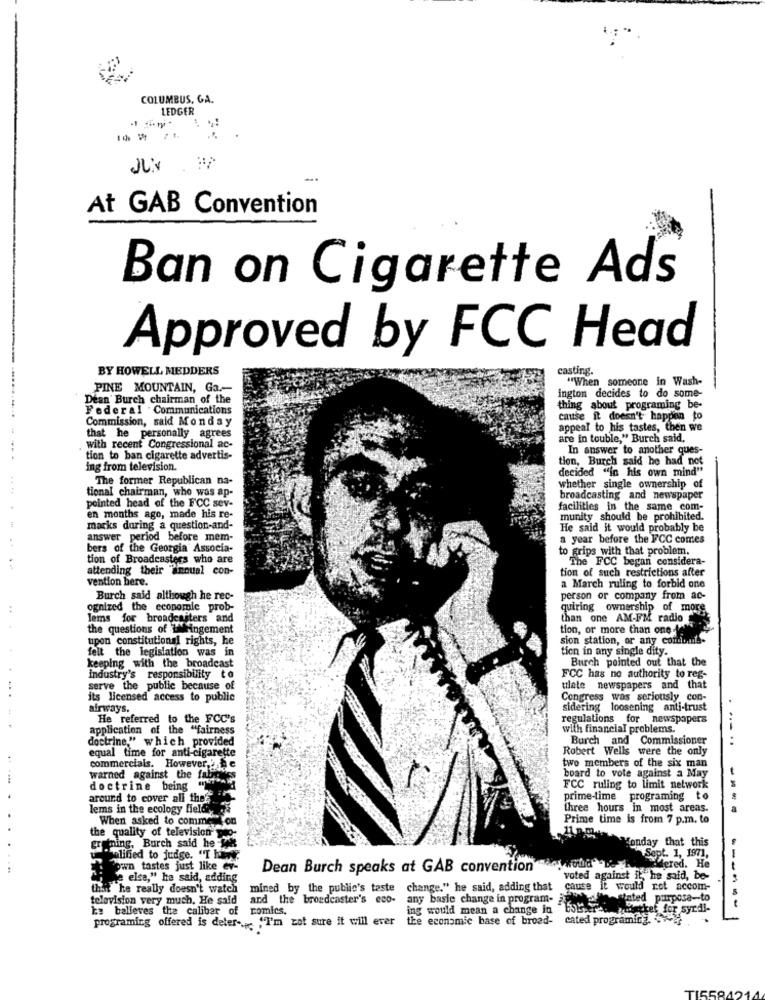
COLUMBUS, GA.
LEDGER
At GAB Convention
Ban on Cigarette Ads
Approved by FCC Head
BY HOWELL MEDDERS
casting.
"When someone in Wash-
PINE MOUNTAIN, Ga .-
ington decides to do some-
Dean Burch chairman of the
Federal . Communications
thing about programing be-
Commission, said Monday
cause it doesn't happen to
appeal to his tastes, then we
that he personally agrees
are in touble," Burch said,
with recent Congressional ac-
In answer to another ques-
tion to ban cigarette advertis-
tion, Burch said he had not
ing from television.
decided "in his own mind"
The former Republican na-
tional chairman, who was ap-
whether single ownership of
pointed head of the FCC sev-
broadcasting and newspaper
facilities in the same com-
en months ago, made his re-
munity should be prohibited.
macks during a question-and-
He said it would probably be
answer period before mem-
a year before the FCC comes
bers of the Georgia Associa-
to grips with that problem.
tion of Broadcasters who are
The FCC began considera-
attending their "annual con-
tion of such restrictions after
vention here.
a March ruling to forbid one
Burch said although he rec-
person or company from ac-
ognized the economic prob-
quiring ownership of more
lems for broadcasters and
than one AM-FM radio
the questions of EMringement
tion, or more than one -Vel
tipon constitutional rights, he
sion station, or any comoml ..
felt the legislation was in
tion in any single dity.
keeping with the broadcast
Burch pointed out that the
industry's responsibility to
FCC has no authority to reg-
serve the public because of
ulate newspapers and that
its licensed access to public
Congress was seriously, con-
airways,
sidering loosening anti-trust
He referred to the FCC's
regulations for newspapers
application of the "fairness
with financial problems.
doctrine," which provided
Burch and Commissioner
equal time for anti-cigarette
Robert Wells were the only
commercials. However ,. de
two members of the six man
warned against the fabck
board to vote against a May
doctrine being
FCC ruling to limit network
around to cover all thes
prime-time programing to
---
lems in the ecology feld,
three hours in most areas.
When asked to commenton
Prime time is from 7 p.m. to
the quality of television wp-
grmming, Burch said he ik
Monday that this
Sept. 1, 1971,
temalined to judge. "They
dered. He
Etown tastes just like ev-
Dean Burch speaks at GAB convention
e else," he said, adding
voted against it, he said, be-
----
that he really doesn't watch
mined by the public's taste
change." he said, adding that
caute it would rot accom-
television very much. He said
and the broadcaster's eco-
any basie change in program-
it-stated purpose-to
ka balleves the caliber of
romics.
ing would mean a change in
matkef for syrdi-
programing offered is deter -. "I'm not sure it will ever the economic base of broad-
cated programing. w
TI55845